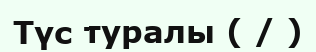
Түс туралы ( / )